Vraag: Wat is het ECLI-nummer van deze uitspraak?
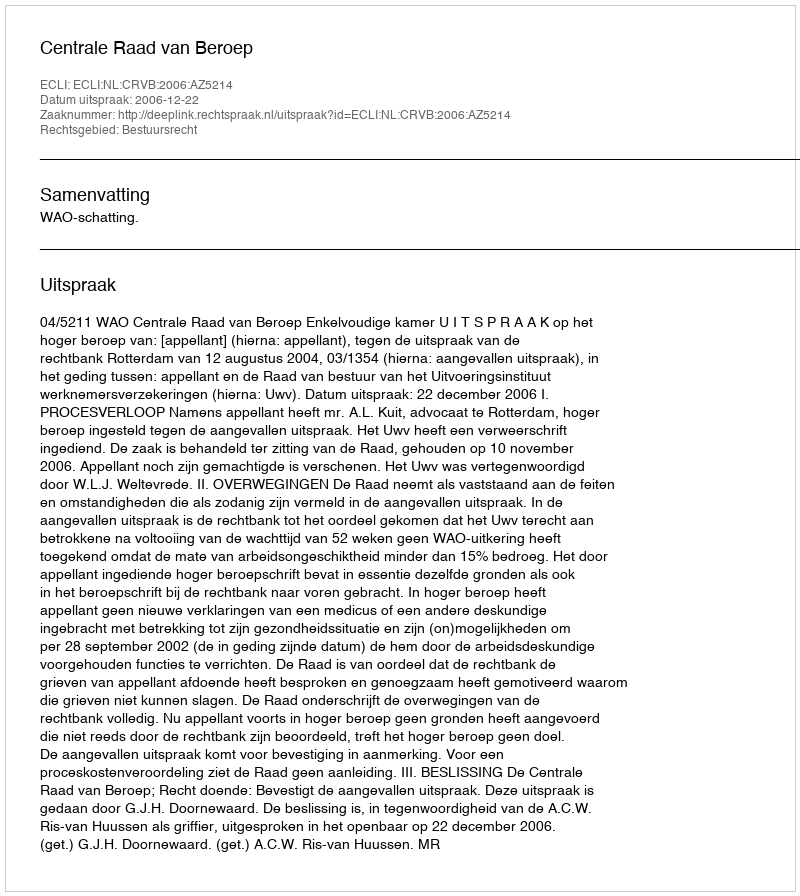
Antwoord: ECLI:NL:CRVB:2006:AZ5214